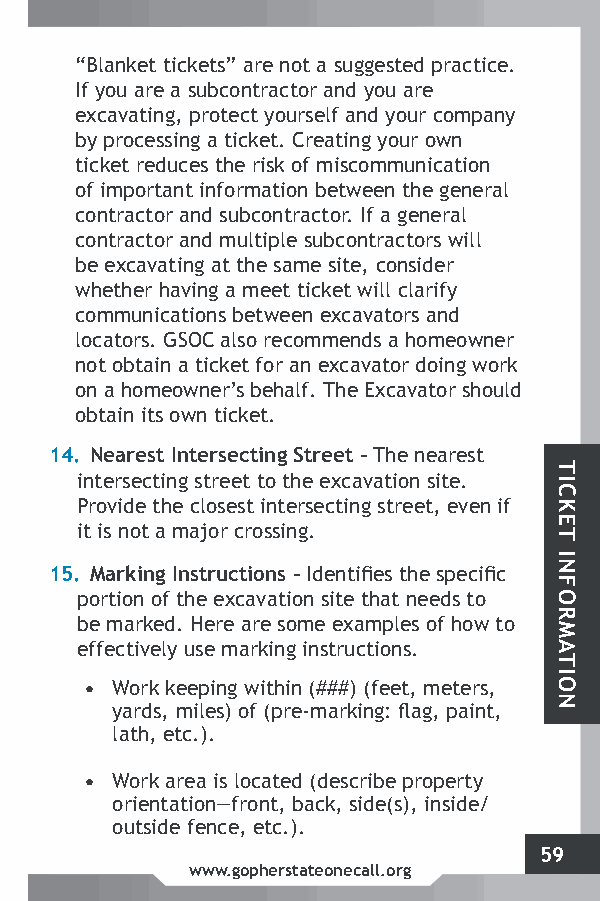
“Blanket tickets” are not a suggested practice.
 If you are a subcontractor and you are
 excavating, protect yourself and your company
 by processing a ticket. Creating your own
 ticket reduces the risk of miscommunication
 of important information between the general
 contractor and subcontractor. If a general
 contractor and multiple subcontractors will
 be excavating at the same site, consider
 whether having a meet ticket will clarify
 communications between excavators and
 locators. GSOC also recommends a homeowner
 not obtain a ticket for an excavator doing work
 on a homeowner’s behalf. The Excavator should
 obtain its own ticket.
 14. Nearest Intersecting Street – The nearest
 intersecting street to the excavation site.
 Provide the closest intersecting street, even if
 it is not a major crossing.
 15. Marking Instructions – Identifies the specific
 portion of the excavation site that needs to
 be marked. Here are some examples of how to
 effectively use marking instructions.
 • Work keeping within (###) (feet, meters,
 yards, miles) of (pre-marking: flag, paint,
 lath, etc.).
 • Work area is located (describe property
 orientation—front, back, side(s), inside/
 outside fence, etc.).
 59
 www.gopherstateonecall.org
 TICKET
 INFORMATION